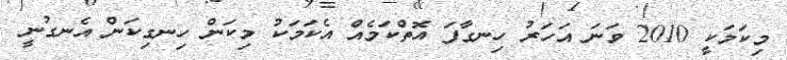
މިކަމަކީ 2010 ވަނަ އަހަރު ހިނގާފަ އޮތްކަމެއް އެކަމަކު މިކަން ހިނގިކަން އެނގުނީ